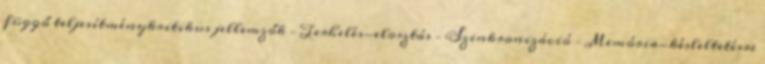
függő teljesítménykritikus jellemzők – Terhelés-elosztás – Szinkronizáció – Memória-késleltetésre